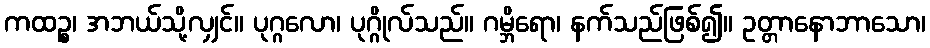
ကထဉ္စ၊ အဘယ်သို့လျှင်။ ပုဂ္ဂလော၊ ပုဂ္ဂိုလ်သည်။ ဂမ္ဘိရော၊ နက်သည်ဖြစ်၍။ ဥတ္တာနောဘာသော၊